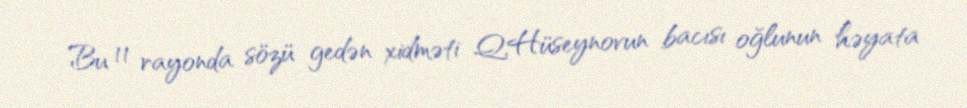
Bu 11 rayonda sözü gedən xidməti Q.Hüseynovun bacısı oğlunun həyata